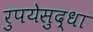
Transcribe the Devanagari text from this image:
रुपयेसुद्धा